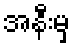
အနီးမှ